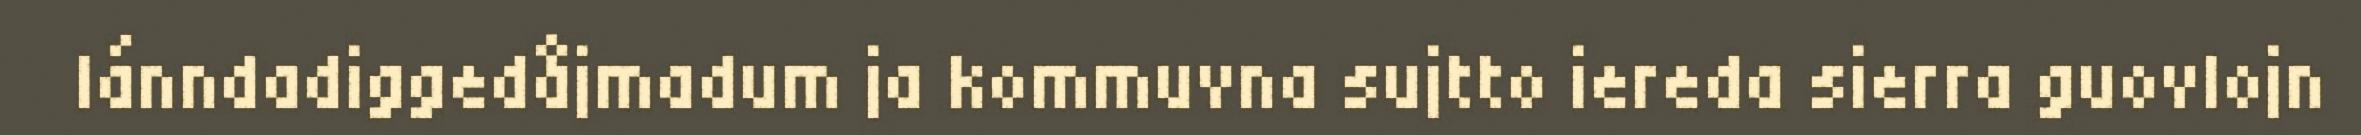
lánndadiggedåjmadum ja kommuvna sujtto iereda sierra guovlojn